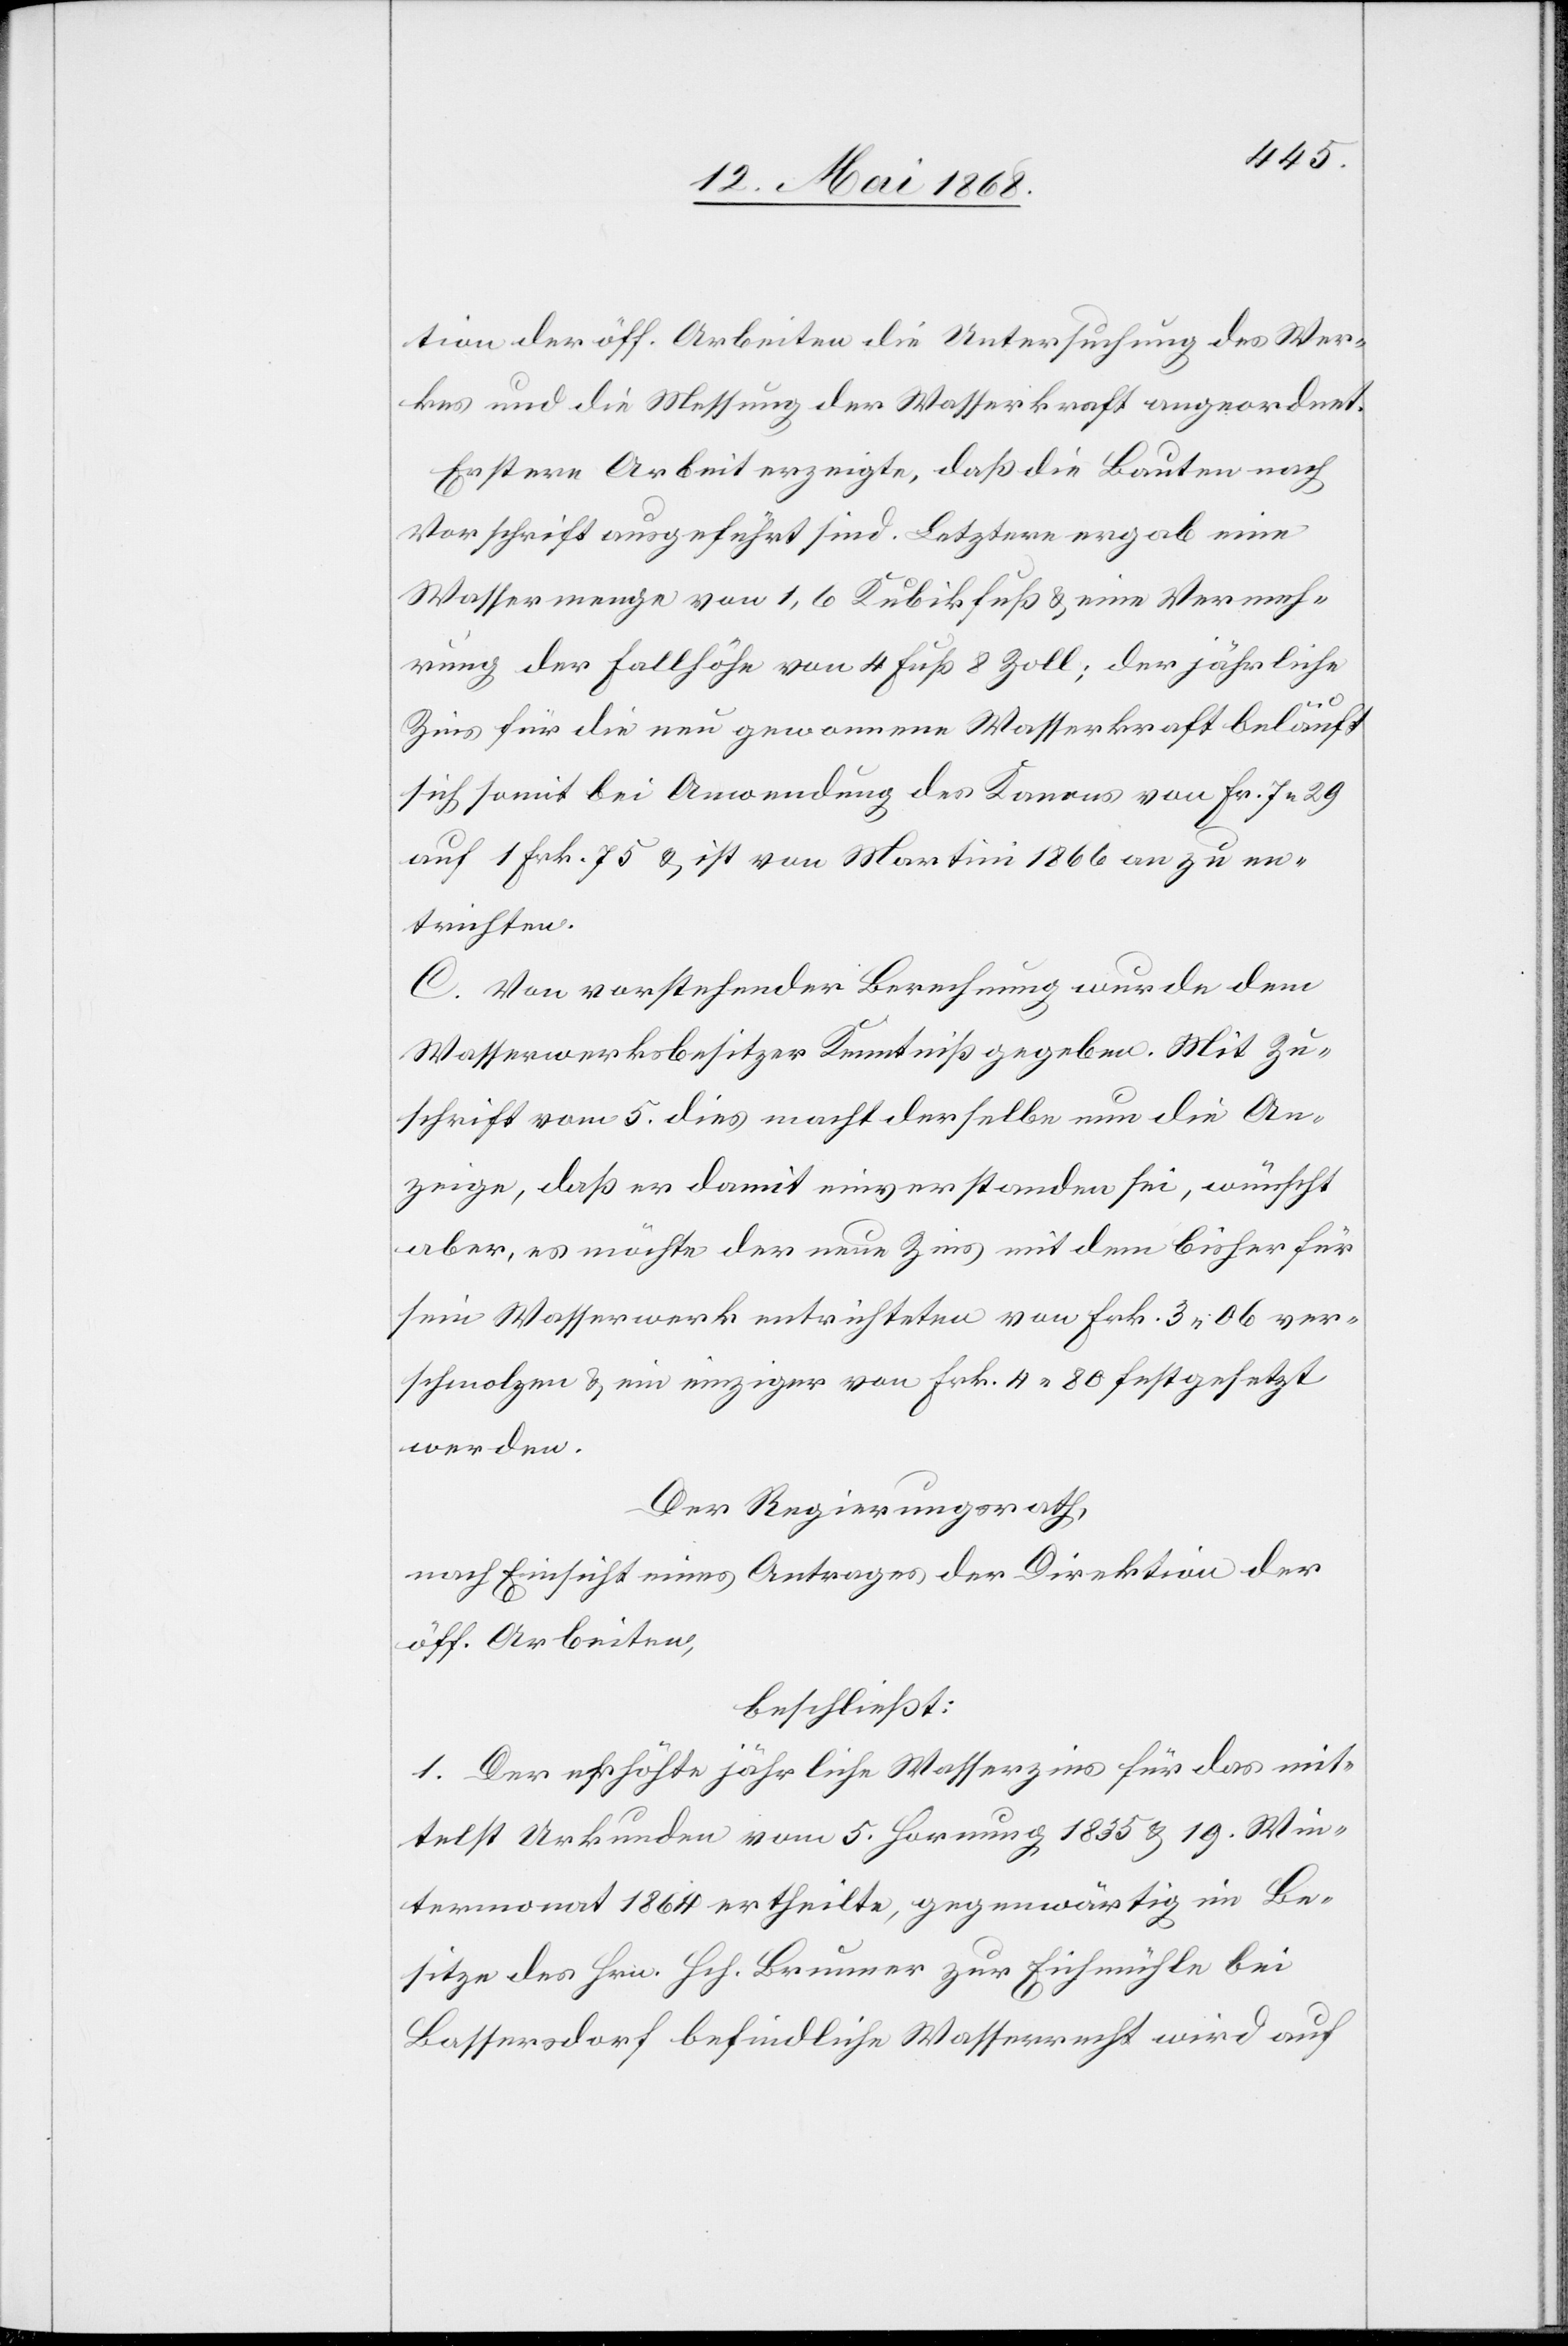
tion der öff. Arbeiten die Untersuchung des Wer¬
kes und die Messung der Wasserkraft angeordnet.
Erstere Arbeit erzeigte, daß die Bauten nach
Vorschrift ausgeführt sind. Letztere ergab eine
Wassermenge von 1,6 Kubikfuß & eine Vermeh¬
rung der Fallhöhe von 4 Fuß 8 Zoll; der jährliche
Zins für die neu gewonnene Wasserkraft beläuft
sich somit bei Anwendung des Kanons von Fr. 7. 29
auf 1 Frk. 75 & ist von Martini 1866 an zu en¬
trichten.
C. Von vorstehender Berechnung wurde dem
Wasserwerksbesitzer Kenntniß gegeben. Mit Zu¬
schrift vom 5. dies macht derselbe nun die An¬
zeige, daß er damit einverstanden sei, wünscht
aber, es möchte der neue Zins mit dem bisher für
sein Wasserwerk entrichteten von Frk. 3. 06 ver¬
schmolzen & ein einziger von Frk. 4. 80 festgesetzt
werden.
Der Regierungsrath,
nach Einsicht eines Antrages der Direktion der
öff. Arbeiten,
beschließt:
1. Der erhöhte jährliche Wasserzins für das mit¬
telst Urkunden vom 5. Hornung 1835 & 19. Win¬
termonat 1864 ertheilte, gegenwärtig im Be¬
sitze des Hrn. Hch. Brunner zur Eichmühle bei
Bassersdorf befindliche Wasserrecht wird auf